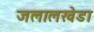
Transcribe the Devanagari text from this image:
जलालखेडा